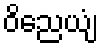
ဝိညေယျံ